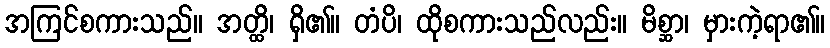
အကြင်စကားသည်။ အတ္ထိ၊ ရှိ၏။ တံပိ၊ ထိုစကားသည်လည်း။ မိစ္ဆာ၊ မှားကဲ့ရာ၏။